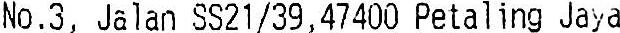
NO.3, JALAN SS21/39,47400 PETALING JAYA